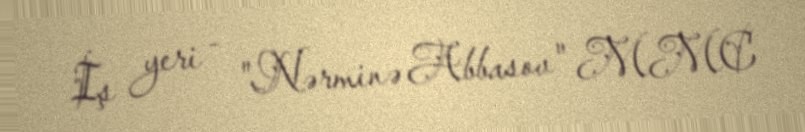
İş yeri - "Nərminə Abbasov" MMC